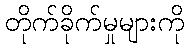
တိုက်ခိုက်မှုများကို